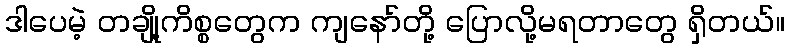
ဒါပေမဲ့ တချို့ကိစ္စတွေက ကျနော်တို့ ပြောလို့မရတာတွေ ရှိတယ်။